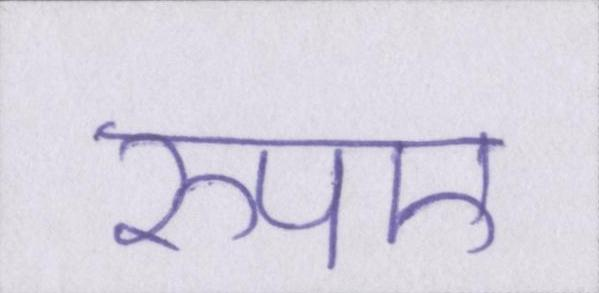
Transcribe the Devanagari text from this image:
रुपए